Vabadussoja_Ajaloo_Komitee, lk 31
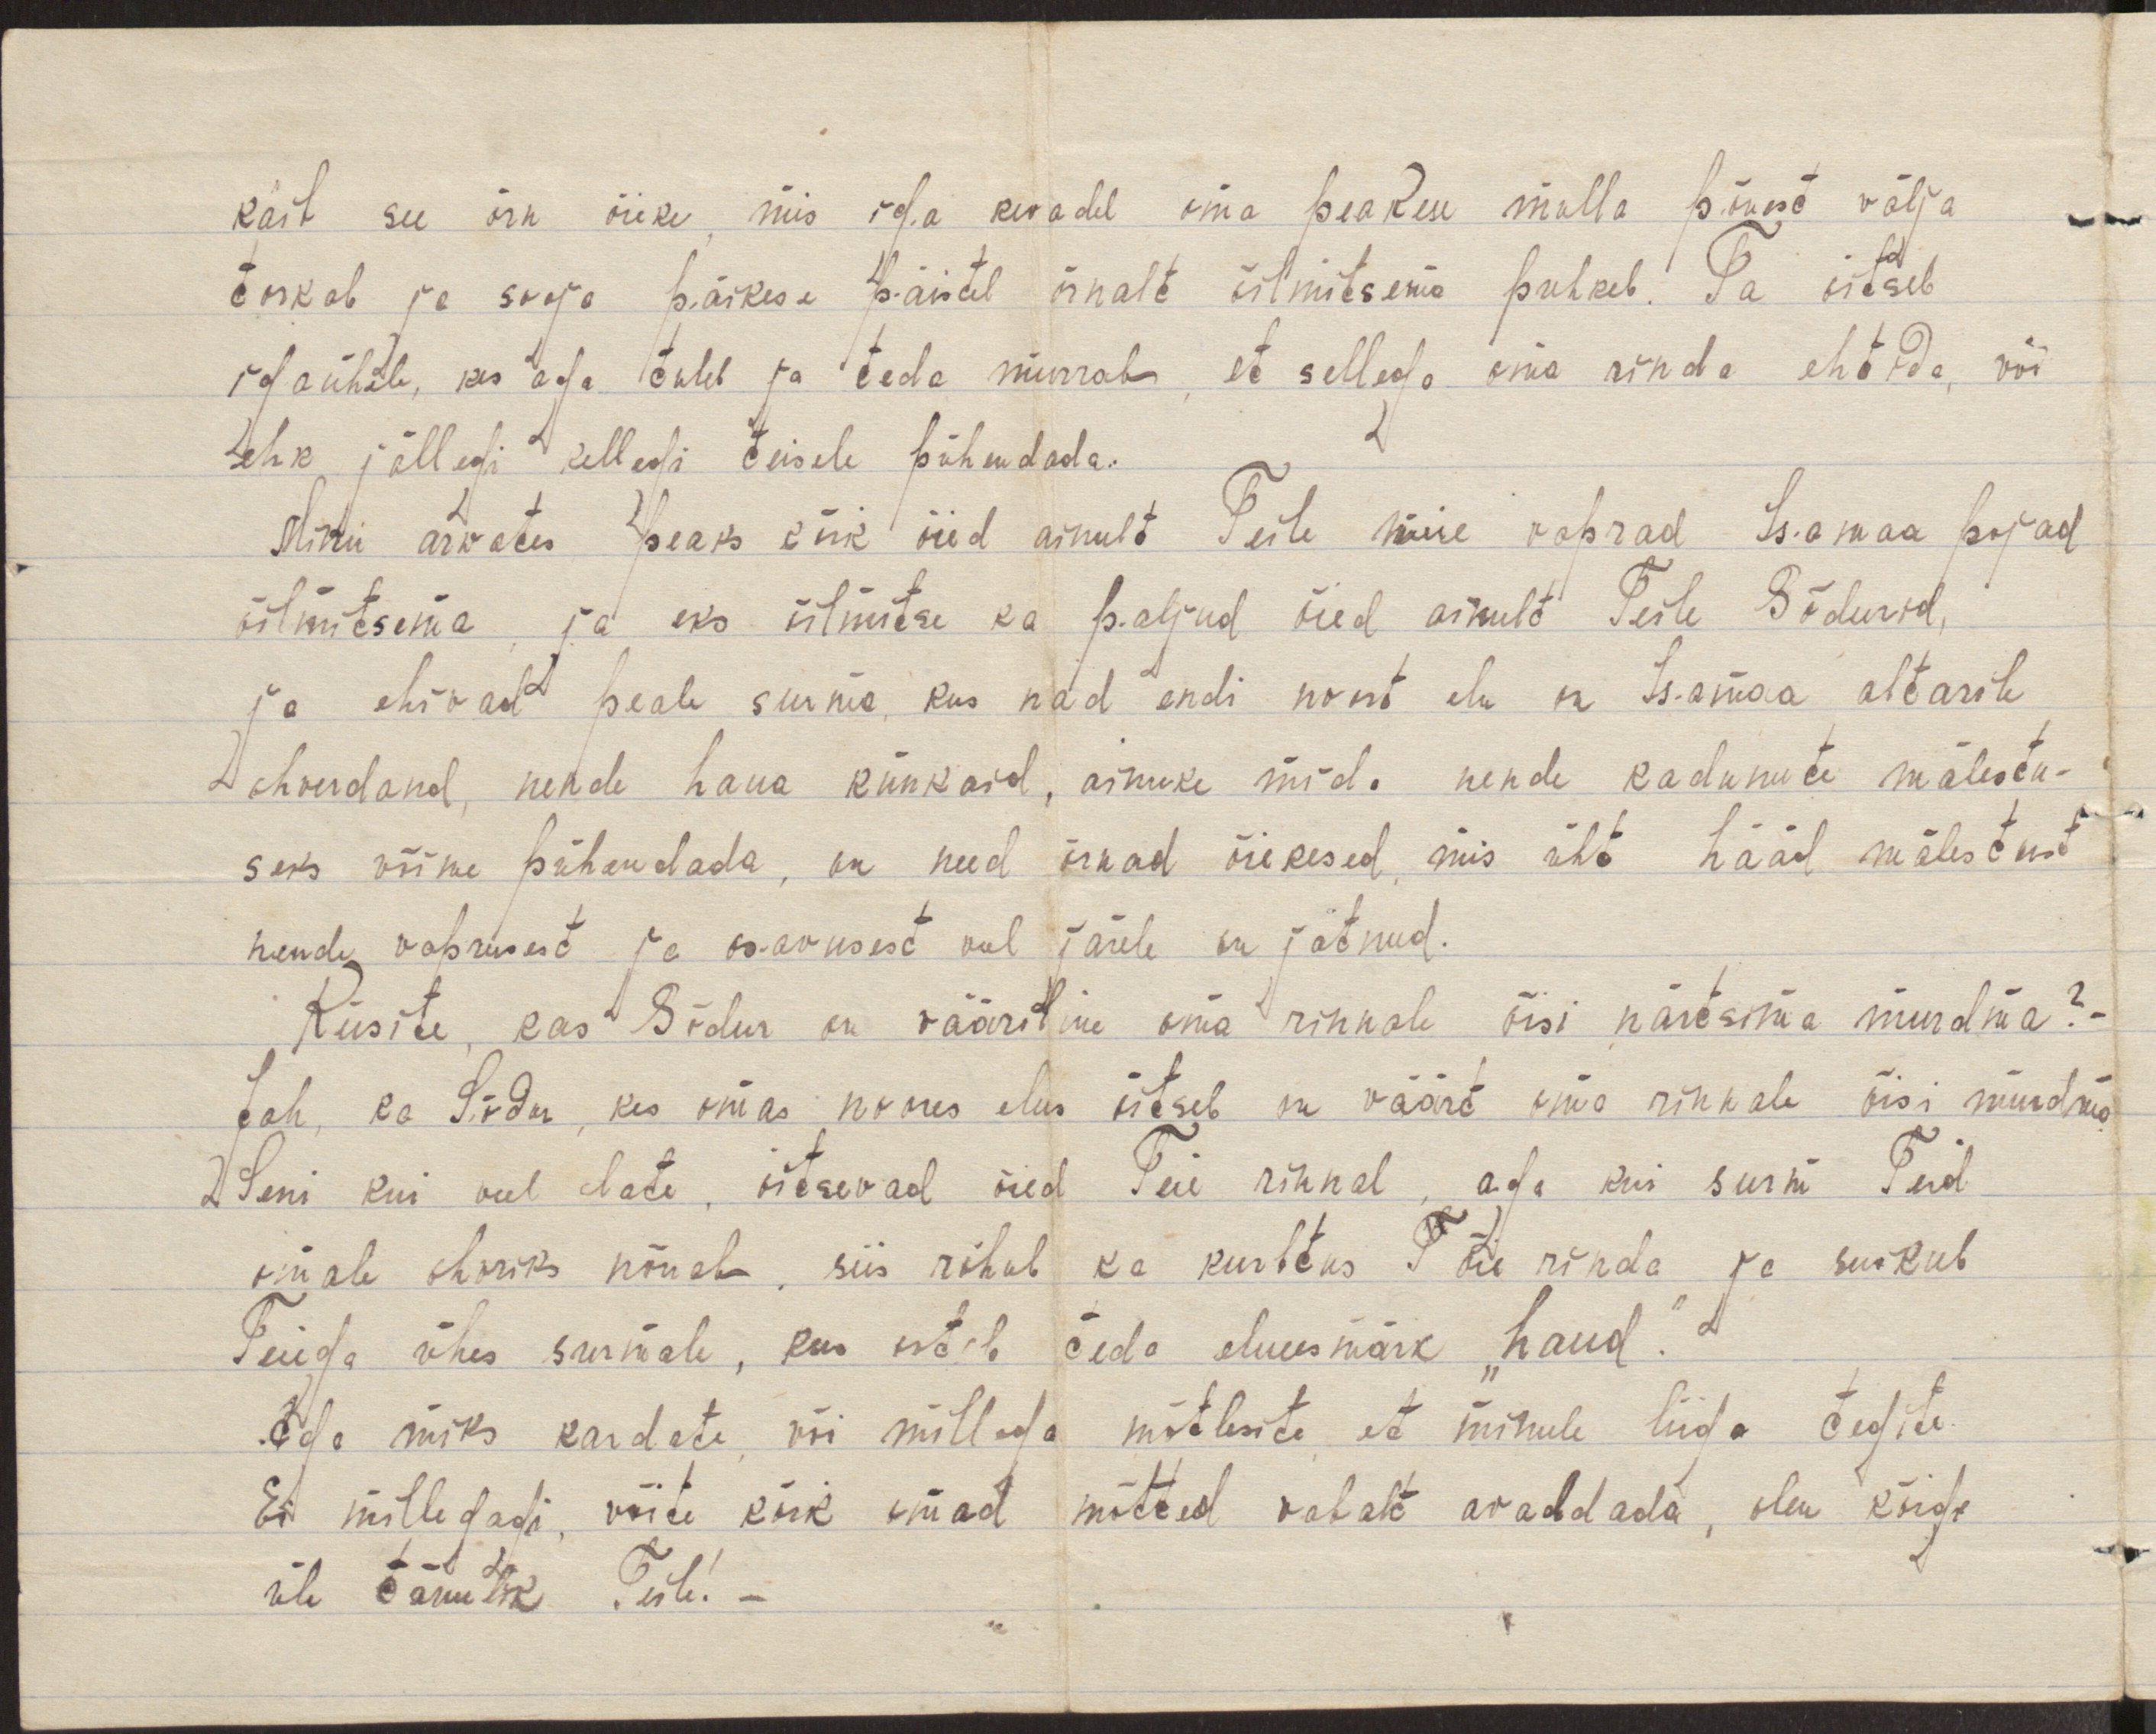
käib see õrn õieke, mis iga kevadel oma peakese mulla põuest välja
torkab ja sooja päikese päistel õrnalt õilmitsema puhkeb. Ta õitseb
igaühele, kes aga tuleb ja teda murrab, et sellega oma rinda ehtida, või
ehk jällegi kellegi teisele pühendada.
Minu arwates peaks kõik õied ainult Teile meie vaprad Isamaa pojad
õilmitsema ja eks õilmitse ka paljud õied ainult Teile Sõdurid,
ja ehivad peale surma, kus nad endi noort elu on Isamaa altarile
ohverdand, nende haua künkaid, ainuke mida nende kadunute mälestu-
seks võime pühendada, on need õrnad õiekesed, mis üht hääd mälestust
nende vaprusest ja osavusest veel järele on jätnud.
Küsite, kas Sõdur on vääriline oma rinnale õisi närtsima murdma? -
Jah, ka Sõdur, kes omas noores elus õitseb on väärt oma rinnale õisi murdma.
Seni kui veel elate, õitsevad õied Teie rinnal, aga kui surm Teid
omale ohvriks nõuab, siis rõhub ka kurbtus  T õie rinda ja suikub
Teiega ühes surmale, kus ootab teda elueesmärk "haud."
Aga miks kardate, või millega mõtlesite, et minule liiga tegite.
Ei millegagi, võite kõik omad mõtted vabalt avaldada, olen kõige
üle tänulik Teile! -